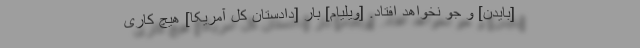
[بایدن] و جو نخواهد افتاد. [ویلیام] بار [دادستان کل آمریکا] هیچ کاری